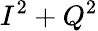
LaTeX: I^{2}+Q^{2}